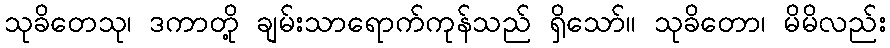
သုခိတေသု၊ ဒကာတို့ ချမ်းသာရောက်ကုန်သည် ရှိသော်။ သုခိတော၊ မိမိလည်း